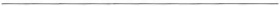
___